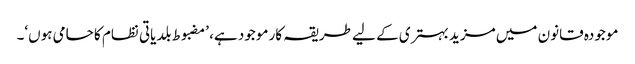
موجودہ قانون میں مزید بہتری کے لیے طریقہ کار موجود ہے، ’مضبوط بلدیاتی نظام کا حامی ہوں‘۔